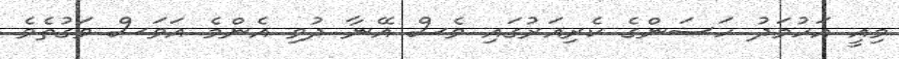
މިއީ އަހުމަދު ހަސަންގެ ކެރިއަރުގައި ވެސް އޭނާ ދުވި އެންމެ އަވަސް ވަގުތެވެ.